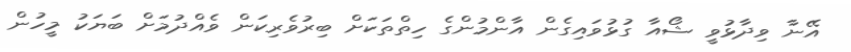
އޭނާ ވިދާޅުވީ ޝޯއާ ގުޅުވައިގެން އާންމުންގެ ހިތްތަކަށް ބިރުވެރިކަން ވެއްދުމަށް ބަޔަކު މީހުން